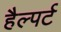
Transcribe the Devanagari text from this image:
हैल्पर्ट